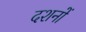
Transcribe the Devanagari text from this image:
दशनों